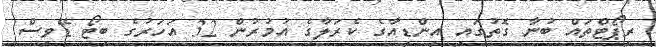
ރިޕޯޓްތައް ބުނާ ގޮތުގައި އިންޑިއާގެ ކެރަލާގެ އުމުރުން 32 އަހަރުގެ ބިޓޯ ޑޭވިސް